Physiological action of certain drugs in tablet form - Number 52A
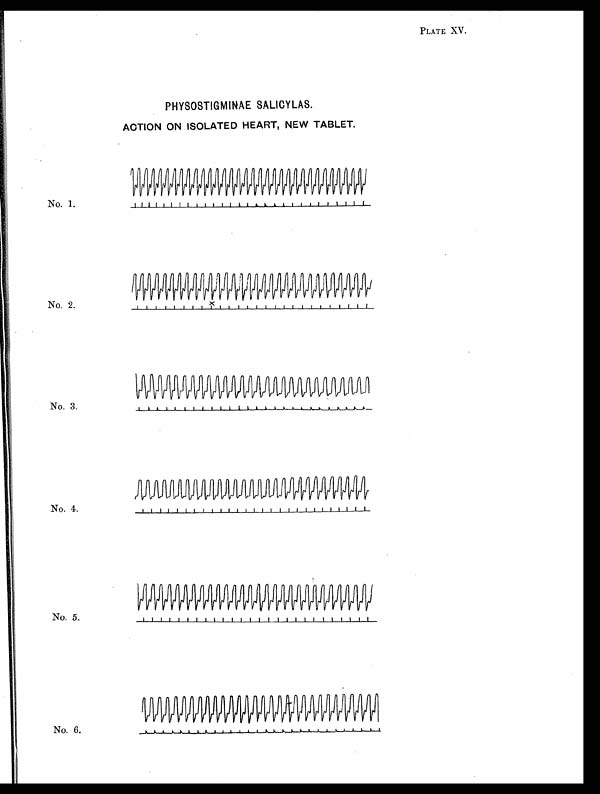
PLATE XV.
PHYSOSTIGMINAE SALICYLAS.
ACTION ON ISOLATED HEART, NEW TABLET.
No. 1.
No. 2.
No. 3.
No. 4.
No. 5.
No. 6.